Source: Handwritten
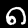
Digit: ၈ (8)